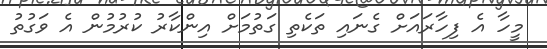
މީހާ އެ ފިހާރައަށް ގެނައި ތަކެތި ގަތުމަށް އިންކާރު ކުރުމުން އެ ވަގުތު